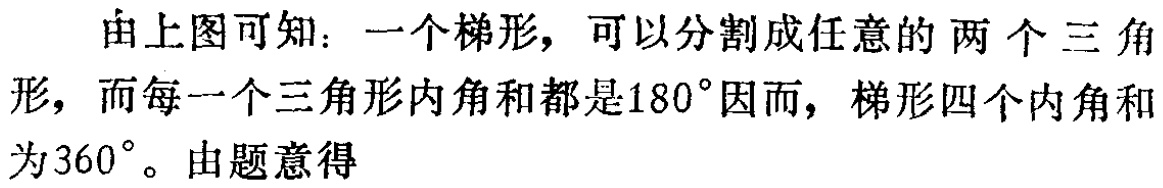
由上图可知：一个梯形，可以分割成任意的两个三角形，而每一个三角形内角和都是\(180^{\circ}\)因而，梯形四个内角和为\(360^{\circ}\)。由题意得